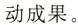
动成果。